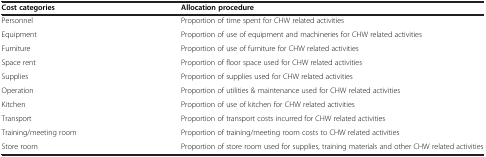
<table><thead><tr><td><b>Cost categories</b></td><td><b>Allocation procedure</b></td></tr></thead><tbody><tr><td>Personnel</td><td>Proportion of time spent for CHW related activities</td></tr><tr><td>Equipment</td><td>Proportion of use of equipment and machineries for CHW related activities</td></tr><tr><td>Furniture</td><td>Proportion of use of furniture for CHW related activities</td></tr><tr><td>Space rent</td><td>Proportion of floor space used for CHW related activities</td></tr><tr><td>Supplies</td><td>Proportion of supplies used for CHW related activities</td></tr><tr><td>Operation</td><td>Proportion of utilities &amp; maintenance used for CHW related activities</td></tr><tr><td>Kitchen</td><td>Proportion of use of kitchen for CHW related activities</td></tr><tr><td>Transport</td><td>Proportion of transport costs incurred for CHW related activities</td></tr><tr><td>Training/meeting room</td><td>Proportion of training/meeting room costs to CHW related activities</td></tr><tr><td>Store room</td><td>Proportion of store room used for supplies, training materials and other CHW related activities</td></tr></tbody></table>